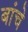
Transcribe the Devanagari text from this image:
बांचे